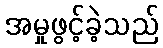
အမှုဖွင့်ခဲ့သည်